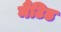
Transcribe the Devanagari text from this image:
मैंटिड